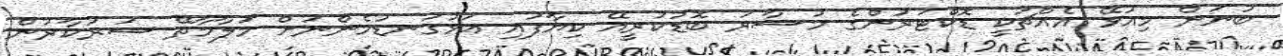
ބުނަން މިއުޅޭ އެއްޗަކީ ޑޮކްޓަރުންގެ މުސާރަ ބޮޑުކުރީއޭ ކިޔާފައި އަޅުގަނޑުމެންނަށް މަލާމާތޭ ސަރުކާރުން